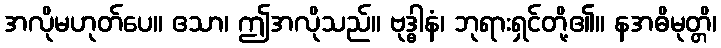
အလိုမဟုတ်ပေ။ ဧသာ၊ ဤအလိုသည်။ ဗုဒ္ဓါနံ၊ ဘုရားရှင်တို့၏။ နအဓိမုတ္တိ၊